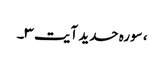
، سورہ حدید آیت ۳۔